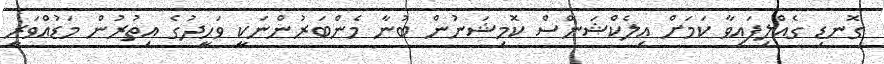
ގޮނޑި ގެއްލިފައިވާ ކަމަށް އިލެކްޝަންސް ކޮމިޝަނުން ބުނާ މެންބަރުންނަކީ ވަހީދުގެ އިތުރުން މަޑުއްވަރީ